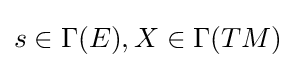
s\in \Gamma (E),X\in \Gamma (TM)